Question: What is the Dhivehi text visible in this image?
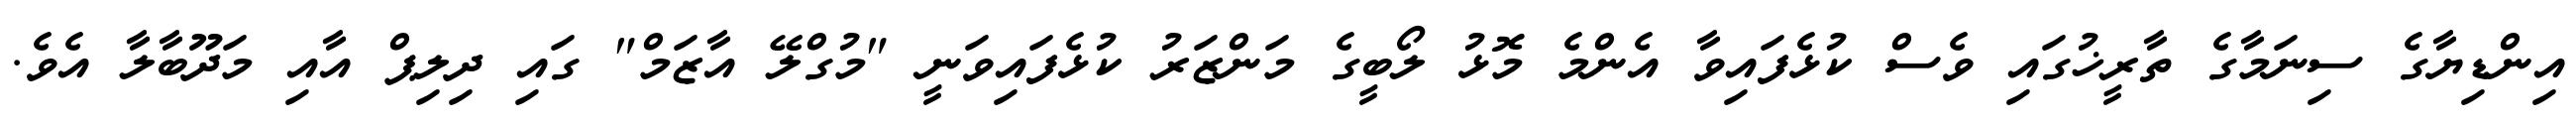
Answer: އިންޑިޔާގެ ސިނަމާގެ ތާރީޚުގައި ވެސް ކުޅެފައިވާ އެންމެ މޮޅު ލޯބީގެ މަންޒަރު ކުޅެފައިވަނީ "މުގްލޭ އާޒަމް" ގައި ދިލިޕް އާއި މަދޫބާލާ އެވެ.